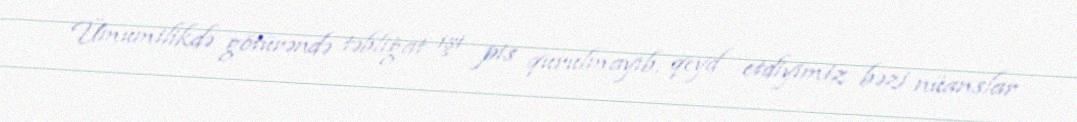
Ümumilikdə götürəndə təbliğat işi pis qurulmayıb, qeyd etdiyimiz bəzi nüanslar